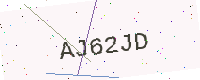
Text: AJ62JD